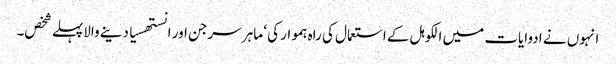
انہوں نے ادوایات میں الکوہل کے استعمال کی راہ ہموار کی ‘ ماہر سرجن اور انستھسیا دینے والاپہلے شخص۔